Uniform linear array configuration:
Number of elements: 64
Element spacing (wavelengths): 0.25
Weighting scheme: cosine
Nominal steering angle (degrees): -45
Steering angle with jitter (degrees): -43.085
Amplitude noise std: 0.05
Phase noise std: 0.05

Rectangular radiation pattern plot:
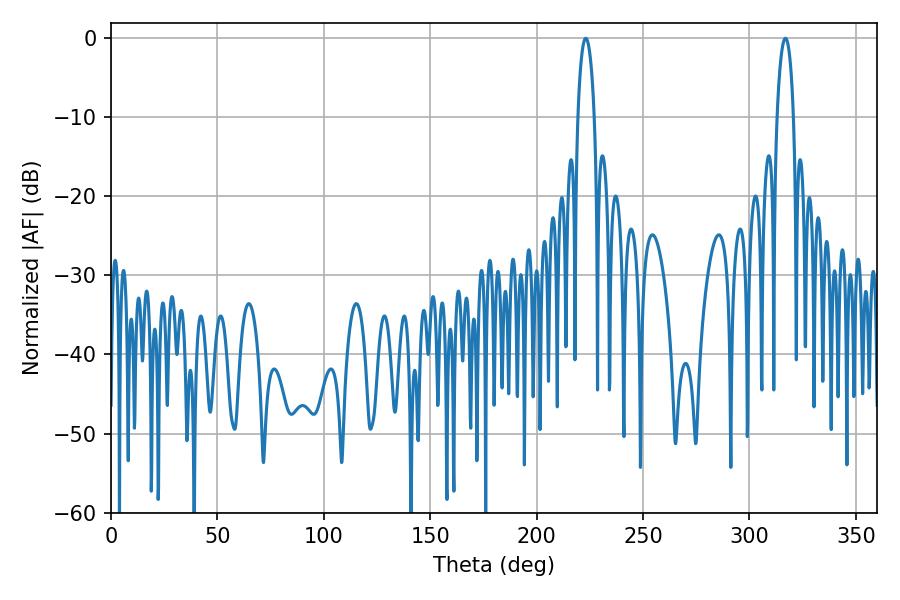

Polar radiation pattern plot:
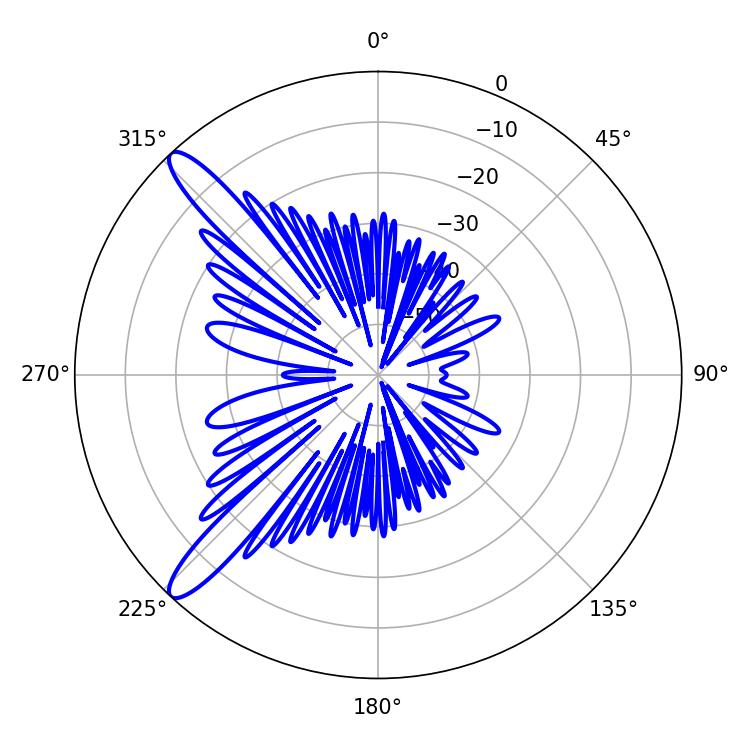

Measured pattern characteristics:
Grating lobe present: FALSE
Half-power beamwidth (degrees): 4.5
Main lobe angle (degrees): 223.02